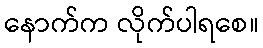
နောက်က လိုက်ပါရစေ။